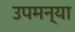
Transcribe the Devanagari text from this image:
उपमन्या